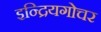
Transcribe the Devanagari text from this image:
इन्द्रियगोचर